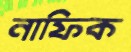
নাফিক